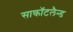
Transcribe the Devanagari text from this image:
साकाॅटलैन्ड